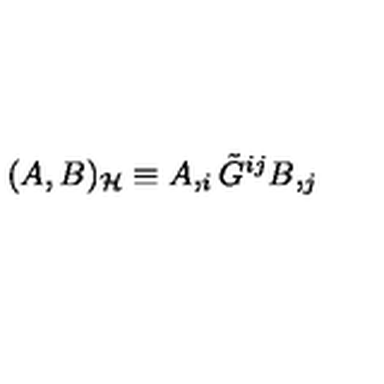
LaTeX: ( A , B ) _ { \cal H } \equiv A , _ { i } \tilde { G } ^ { i j } B , _ { j }